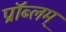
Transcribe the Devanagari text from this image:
प्रॉब्लम्